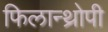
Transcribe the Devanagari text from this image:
फिलान्थ्रोपी